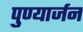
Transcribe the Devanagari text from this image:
पुण्यार्जन